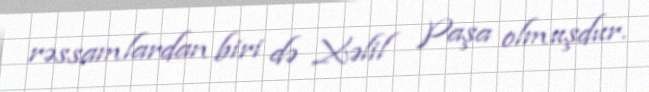
rəssamlardan biri də Xəlil Paşa olmuşdur.